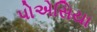
પોએસિયા